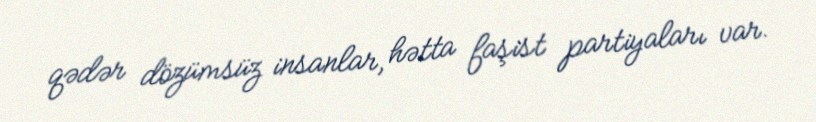
qədər dözümsüz insanlar, hətta faşist partiyaları var.